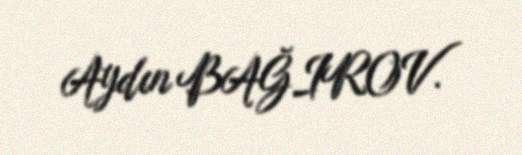
Aydın BAĞIROV.